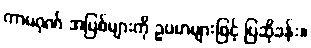
ကာမဂုဏ် အပြစ်များကို ဥပမာများဖြင့် ပြဆိုခန်း။